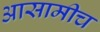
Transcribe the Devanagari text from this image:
आसामीच